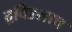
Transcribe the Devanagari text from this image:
द्रविडलाच